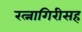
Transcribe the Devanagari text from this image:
रत्नागिरीसह